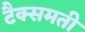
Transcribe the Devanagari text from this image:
टैक्समती